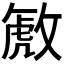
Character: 𫿋